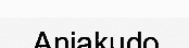
Aniakudo